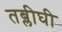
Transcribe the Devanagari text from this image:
तब्लीघी